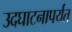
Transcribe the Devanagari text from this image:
उदघाटनापर्यंत